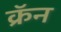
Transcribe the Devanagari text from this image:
क्रॅन